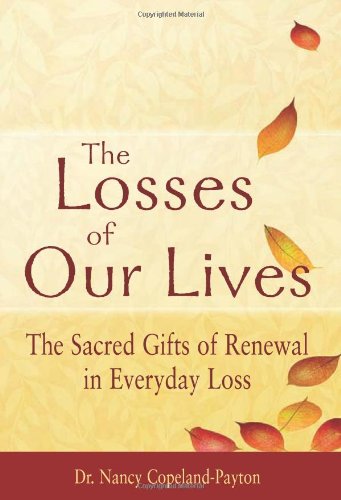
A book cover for The Losses of Our Lives: The Sacred Gifts of Renewal in Everyday Loss; Dr. Nancy Copeland-Payton; Christian Books & Bibles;